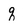
Character: q